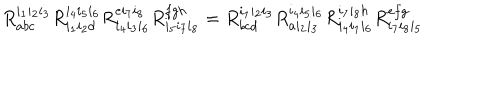
R _ { a b c } ^ { i _ { 1 } i _ { 2 } i _ { 3 } } R _ { i _ { 1 } i _ { 2 } d } ^ { i _ { 4 } i _ { 5 } i _ { 6 } } R _ { i _ { 4 } i _ { 3 } i _ { 6 } } ^ { e i _ { 7 } i _ { 8 } } R _ { i _ { 5 } i _ { 7 } i _ { 8 } } ^ { f g h } = R _ { b c d } ^ { i _ { 1 } i _ { 2 } i _ { 3 } } R _ { a i _ { 2 } i _ { 3 } } ^ { i _ { 4 } i _ { 5 } i _ { 6 } } R _ { i _ { 4 } i _ { 1 } i _ { 6 } } ^ { i _ { 7 } i _ { 8 } h } R _ { i _ { 7 } i _ { 8 } i _ { 5 } } ^ { e f g }